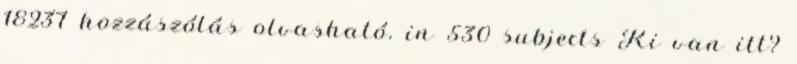
18237 hozzászólás olvasható. in 530 subjects Ki van itt?